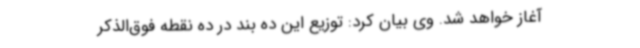
آغاز خواهد شد. وی بیان کرد: توزیع این ده بند در ده نقطه فوق‌الذکر